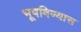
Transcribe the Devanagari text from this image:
भूषविण्यास